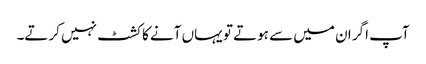
آپ اگر ان میں سے ہوتے تو یہاں آنے کا کشٹ نہیں کرتے۔